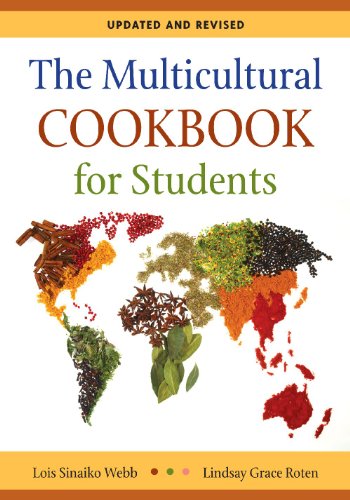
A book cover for The Multicultural Cookbook for Students; Lois Sinaiko Webb; Teen & Young Adult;